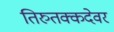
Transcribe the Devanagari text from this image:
तिरुतक्कदेवर